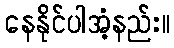
နေနိုင်ပါအံ့နည်း။